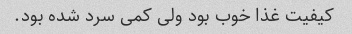
کیفیت غذا خوب بود ولی کمی سرد شده بود.